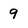
Character: 9